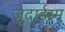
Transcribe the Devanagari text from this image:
जूदाईस्म